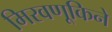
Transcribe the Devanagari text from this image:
मिरवणूकिने